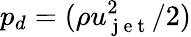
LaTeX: p_{d}=(\rho u_{\mathrm{~j~e~t~}}^{2}/2)